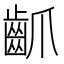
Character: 𪗢